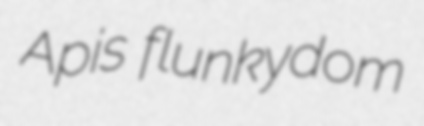
Apis flunkydom